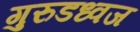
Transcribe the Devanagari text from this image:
गुरुडध्वज